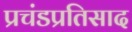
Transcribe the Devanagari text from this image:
प्रचंडप्रतिसाद